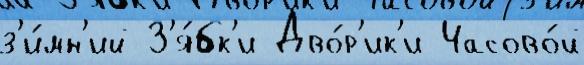
з'и́мн'ий З'я́бк'и Дво́р'ик'и Часово́й